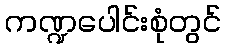
ကဏ္ဍပေါင်းစုံတွင်